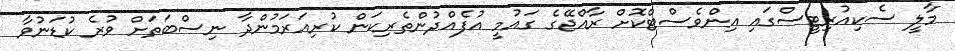
މާލީ ސެކިއުރިޓީސްގައި އިންވެސްޓްކޮށް ރާއްޖޭގެ ގައުމީ އުފެއްދުންތެރިކަން ކުރިއަރަމުންދާ ނިސްބަތަށް ވުރެ ކުޑަނުވާ